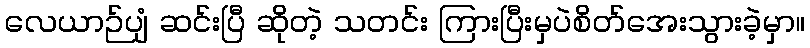
လေယာဉ်ပျံ ဆင်းပြီ ဆိုတဲ့ သတင်း ကြားပြီးမှပဲစိတ်အေးသွားခဲ့မှာ။